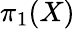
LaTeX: \pi_{1}(X)